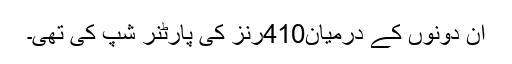
ان دونوں کے درمیان410رنز کی پارٹنر شپ کی تھی۔